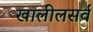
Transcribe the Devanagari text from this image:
खालीलसर्व